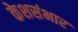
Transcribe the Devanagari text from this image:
केशसंभार